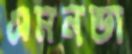
এমনভা